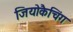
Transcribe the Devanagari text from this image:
जियोकैचिंग